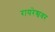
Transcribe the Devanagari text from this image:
रायरेश्ववर